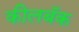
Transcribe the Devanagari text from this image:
कीलबॅक